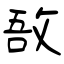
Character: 敔